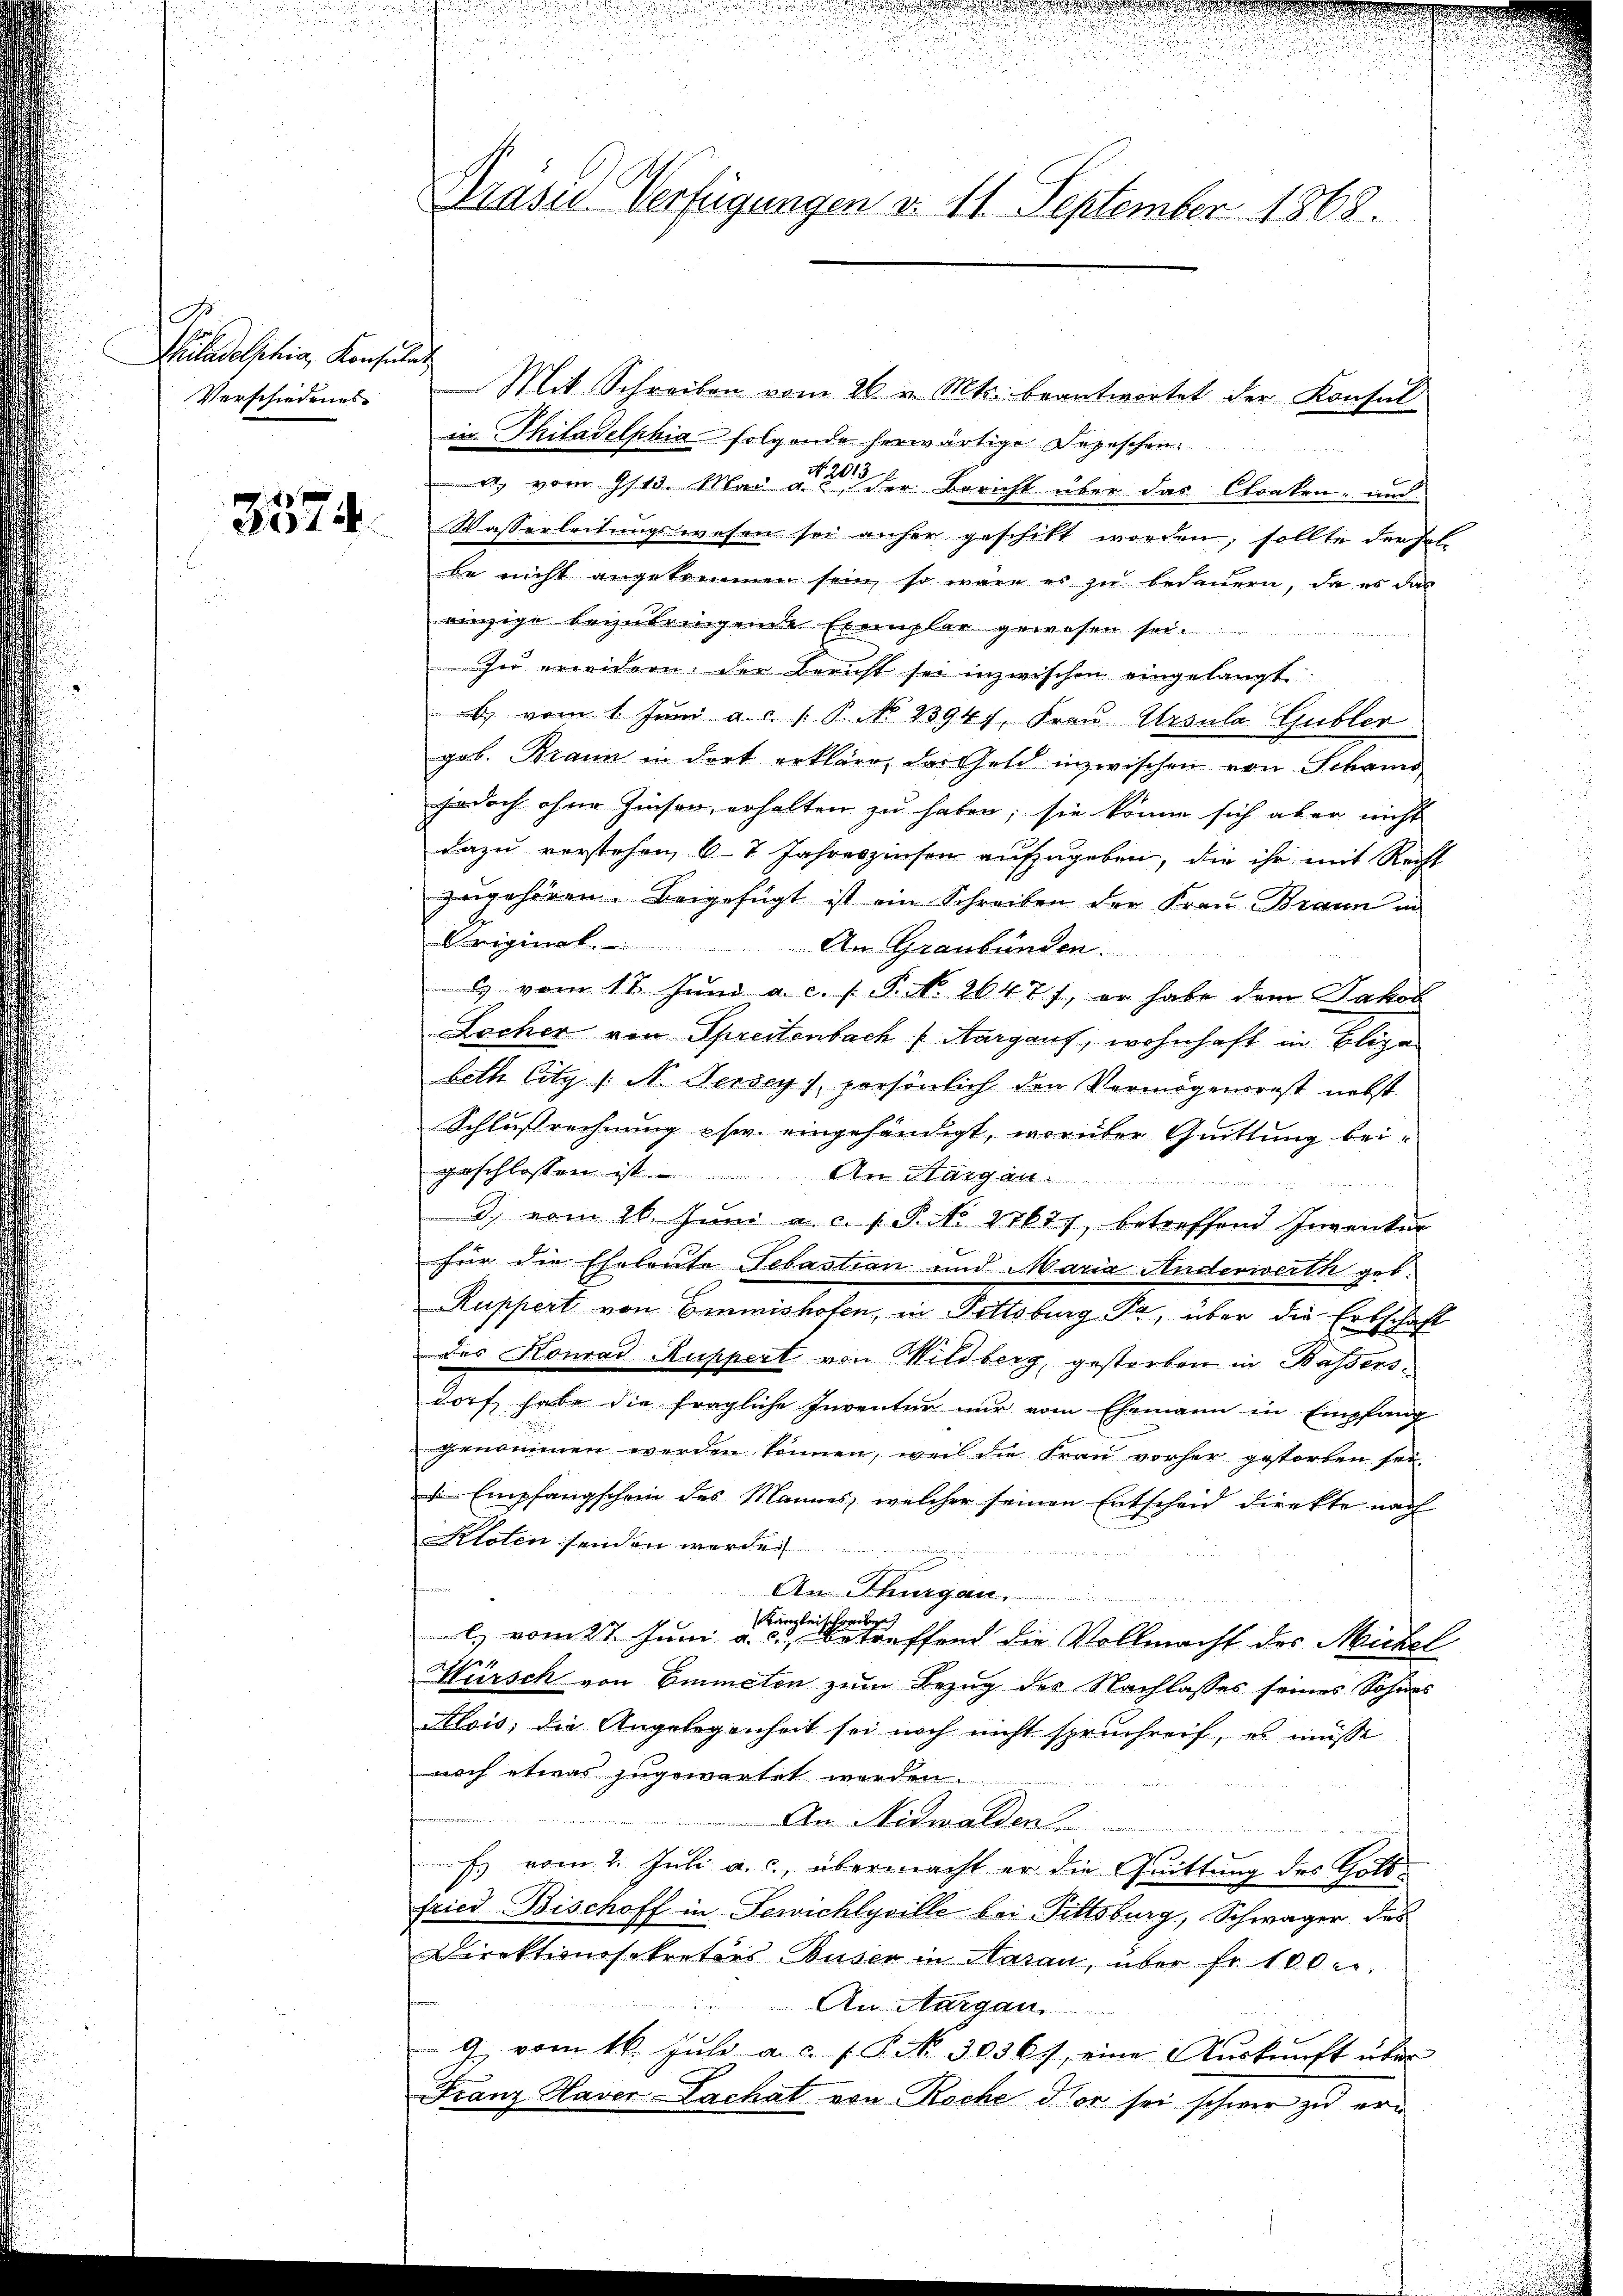
No
Kiludolphia, Konsulat
Verschiedenes.

3574.

Präser Verfügungen v. 11. September 1868.

Mit Schreiben vom 26. v. Mts. beantwortet der Konsul
in Philadelphia folgende herwärtige Depeschen.
 vom Gst. Mai aus der Bericht über das Cloaken, aus
Wasserleitungswesen sei anher geschitt worden, sollte dersel
be nicht angekommen sein, so wäre es zu bedauern, da es das
einzige bezubringende Exemplar gewesen sei.
zu erweidern der Bericht sei inzwischen eingelangt
b) vom 1. Juni a. c. 1. P. No. 2394), Frau Ursula Gubler
geb. Brann in dort erkläre, das Gesch inzwischen von Schamo
jedoch ohne Zinser erhalten zu haben; sie könne sich aber nicht
dazu verstehen, 6-7 Jahreszinsen aufzugeben, die ihr mit Recht
zugehören. Beigefügt ist ein Schreiben der Frau Braun in
Original. An Graubünden.
1 vom 18. Juni a. c. s. P. N. 2647), er habe dem Jakob
Locher von Spreitenbach Aargauf, wohnhaft in Blige
beth litz (N. Dersey) persönlich den Vermögensrest nebst
Schlussrechnung chw. eingehändigt, worüber Quittung bei-
geschlossen ist. An Margau.

.) vom 16. Juni a. c. 1. P. No 27677, betreffend Inventer
für die Eheleute Sebastian und Maria Anderwerth geb.
Ruppert von Emmishofen, in Pittsburg da, über die Erbschaft
des Konrad Ruppert von Wildberg, gestorben in Bassersdorf habe die fragliche Inventar nur vom Ehemann in Empfang
genommen werden können, weil die Frau vorher gestorben sei.
 Empfangschein des Mannes, welcher seinen Entscheid direkte nach
Kloten senden werde
An Thurgau
l. vom 27. Juni a. an der Pfand die Vollmacht des Michel
Würsch von Emmeten zum Bezug des Nachlasses seines Sohnes
Alois, die Angelegenheit sei noch nicht spruchreif, es müsse.
noch etwas zugewartet werden.
An Nidwalden
Es vom 2. Juli a. c., übermacht er die Quittung des Gott
fried-Bischoff in Servichlyville bei Fittsburg, Schwager das
Direktionssekretärs Buser in Haran, über fr. 100 l.
An Aargau,
a vom 16. Jŭli a. c. f. P. Nr. 30367, eine Aŭskŭnft über
Franz Haver Lachat von Roche der sei schwer zu er¬